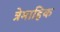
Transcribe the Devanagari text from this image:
त्रेमाहिक